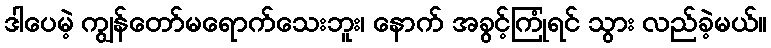
ဒါပေမဲ့ ကျွန်တော်မရောက်သေးဘူး၊ နောက် အခွင့်ကြုံရင် သွား လည်ခဲ့မယ်။